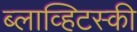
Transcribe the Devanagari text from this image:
ब्लाव्हिटस्‍की